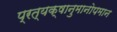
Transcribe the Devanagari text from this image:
प्रत्यक्षानुमानोपमान